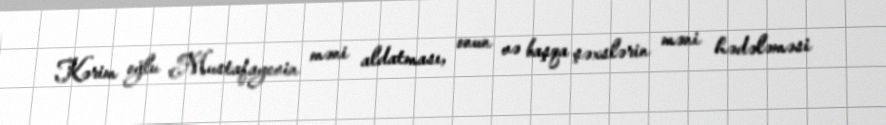
Kərim oğlu Mustafayevin məni aldatması, onun və başqa şəxslərin məni hədələməsi